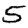
Digit: 5